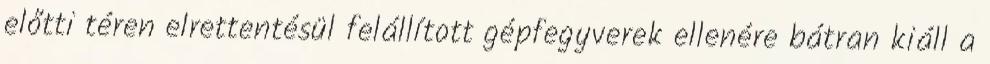
előtti téren elrettentésül felállított gépfegyverek ellenére bátran kiáll a